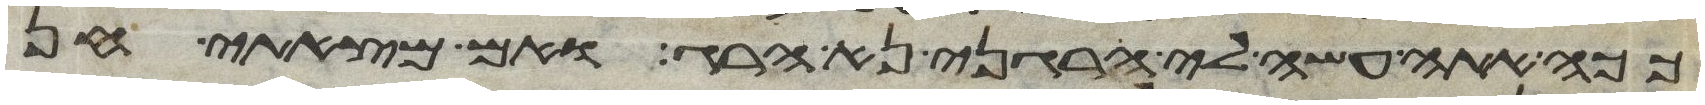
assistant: ככה אתה עשה לי הרגני נא הרג ואם מצאתי חן